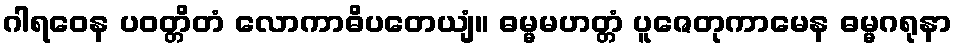
ဂါရဝေန ပဝတ္တိတံ လောကာဓိပတေယျံ။ ဓမ္မမဟတ္တံ ပူဇေတုကာမေန ဓမ္မဂရုနာ